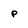
Character: p